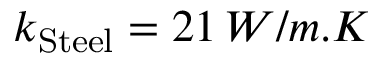
k _ { \mathrm { S t e e l } } = 2 1 \, W / m . K